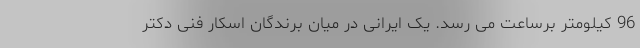
96 کیلومتر برساعت می رسد. یک ایرانی در میان برندگان اسکار فنی دکتر